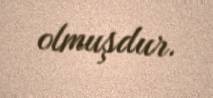
olmuşdur.